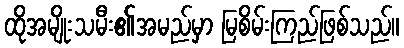
ထိုအမျိုးသမီး၏အမည်မှာ မြစိမ်းကြည်ဖြစ်သည်။